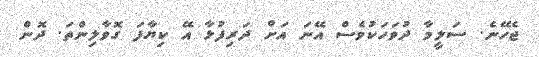
ޖެހޭނެ. ސަލީމާ ދުވަހަކުވެސް އޭނަ އަށް ދަރިފުޅާ އޭ ކިޔާފަ ގޮވާލިންތަ. ދޮން